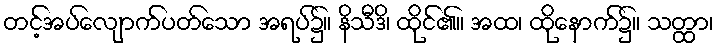
တင့်အပ်လျောက်ပတ်သော အရပ်၌။ နိသီဒိ၊ ထိုင်၏။ အထ၊ ထိုနောက်၌။ သတ္ထာ၊